Manual of the Civil Veterinary Department, Central Provinces and Berar
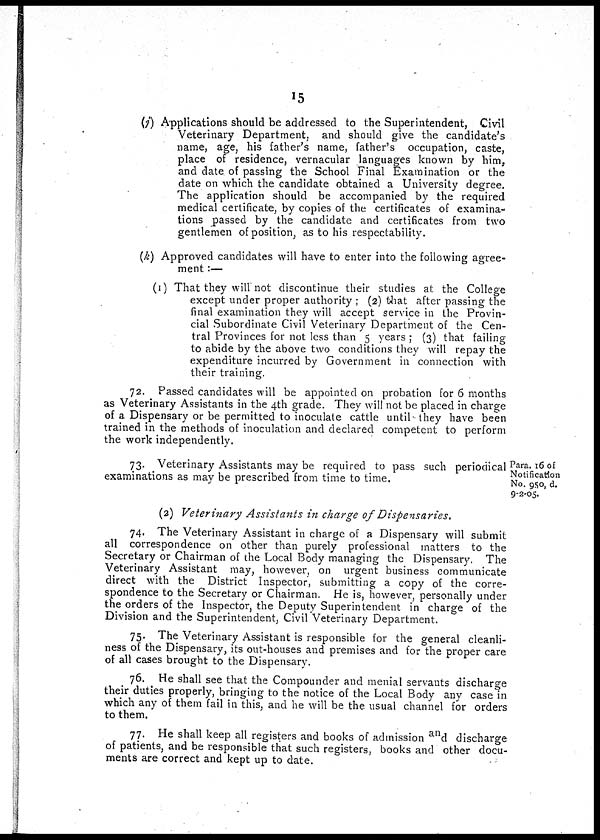
15
(j) Applications should be addressed to the Superintendent, Civil
Veterinary Department, and should give the candidate's
name, age, his father's name, father's occupation, caste,
place of residence, vernacular languages known by him,
and date of passing the School Final Examination or the
date on which the candidate obtained a University degree.
The application should be accompanied by the required
medical certificate, by copies of the certificates of examina-
tions passed by the candidate and certificates from two
gentlemen of position, as to his respectability.
(k) Approved candidates will have to enter into the following agree-
ment:—
(1) That they will not discontinue their studies at the College
except under proper authority; (2) that after passing the
final examination they will accept service in the Provin-
cial Subordinate Civil Veterinary Department of the Cen-
tral Provinces for not less than 5 years; (3) that failing
to abide by the above two conditions they will repay the
expenditure incurred by Government in connection with
their training.
72. Passed candidates will be appointed on probation for 6 months
as Veterinary Assistants in the 4th grade. They will not be placed in charge
of a Dispensary or be permitted to inoculate cattle until they have been
trained in the methods of inoculation and declared competent to perform
the work independently.
Para. 16 of
Notification
No. 950, d.
9-2-05.
73. Veterinary Assistants may be required to pass such periodical
examinations as may be prescribed from time to time.
(2) Veterinary Assistants in charge of Dispensaries.
74. The Veterinary Assistant in charge of a Dispensary will submit
all correspondence on other than purely professional matters to the
Secretary or Chairman of the Local Body managing the Dispensary. The
Veterinary Assistant may, however, on urgent business communicate
direct with the District Inspector, submitting a copy of the corre-
spondence to the Secretary or Chairman. He is, however, personally under
the orders of the Inspector, the Deputy Superintendent in charge of the
Division and the Superintendent, Civil Veterinary Department.
75. The Veterinary Assistant is responsible for the general cleanli-
ness of the Dispensary, its out-houses and premises and for the proper care
of all cases brought to the Dispensary.
76. He shall see that the Compounder and menial servants discharge
their duties properly, bringing to the notice of the Local Body any case in
which any of them fail in this, and he will be the usual channel for orders
to them.
77. He shall keep all registers and books of admission and discharge
of patients, and be responsible that such registers, books and other docu-
ments are correct and kept up to date.